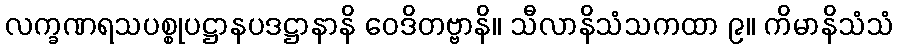
လက္ခဏရသပစ္စုပဋ္ဌာနပဒဋ္ဌာနာနိ ဝေဒိတဗ္ဗာနိ။ သီလာနိသံသကထာ ၉။ ကိမာနိသံသံ